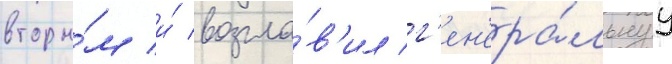
вторы́м и́ возгла́в'ил г'ен'ера́льнуу